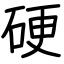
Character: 硬